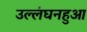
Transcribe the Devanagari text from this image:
उल्लंघनहुआ